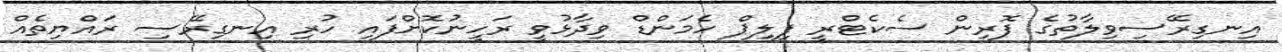
އިނގިރޭސިވިލާތުގެ ފޮރިން ސެކެޓްރީ ފިލިޕް ހެމަންޑް ވިދާޅުވީ ރަހީނުކޮށްފައި ހުރި އިނގިރޭސި ރައްޔިތެއް